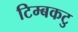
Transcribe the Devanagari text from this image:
टिम्बकटु